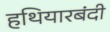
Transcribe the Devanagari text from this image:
हथियारबंदी